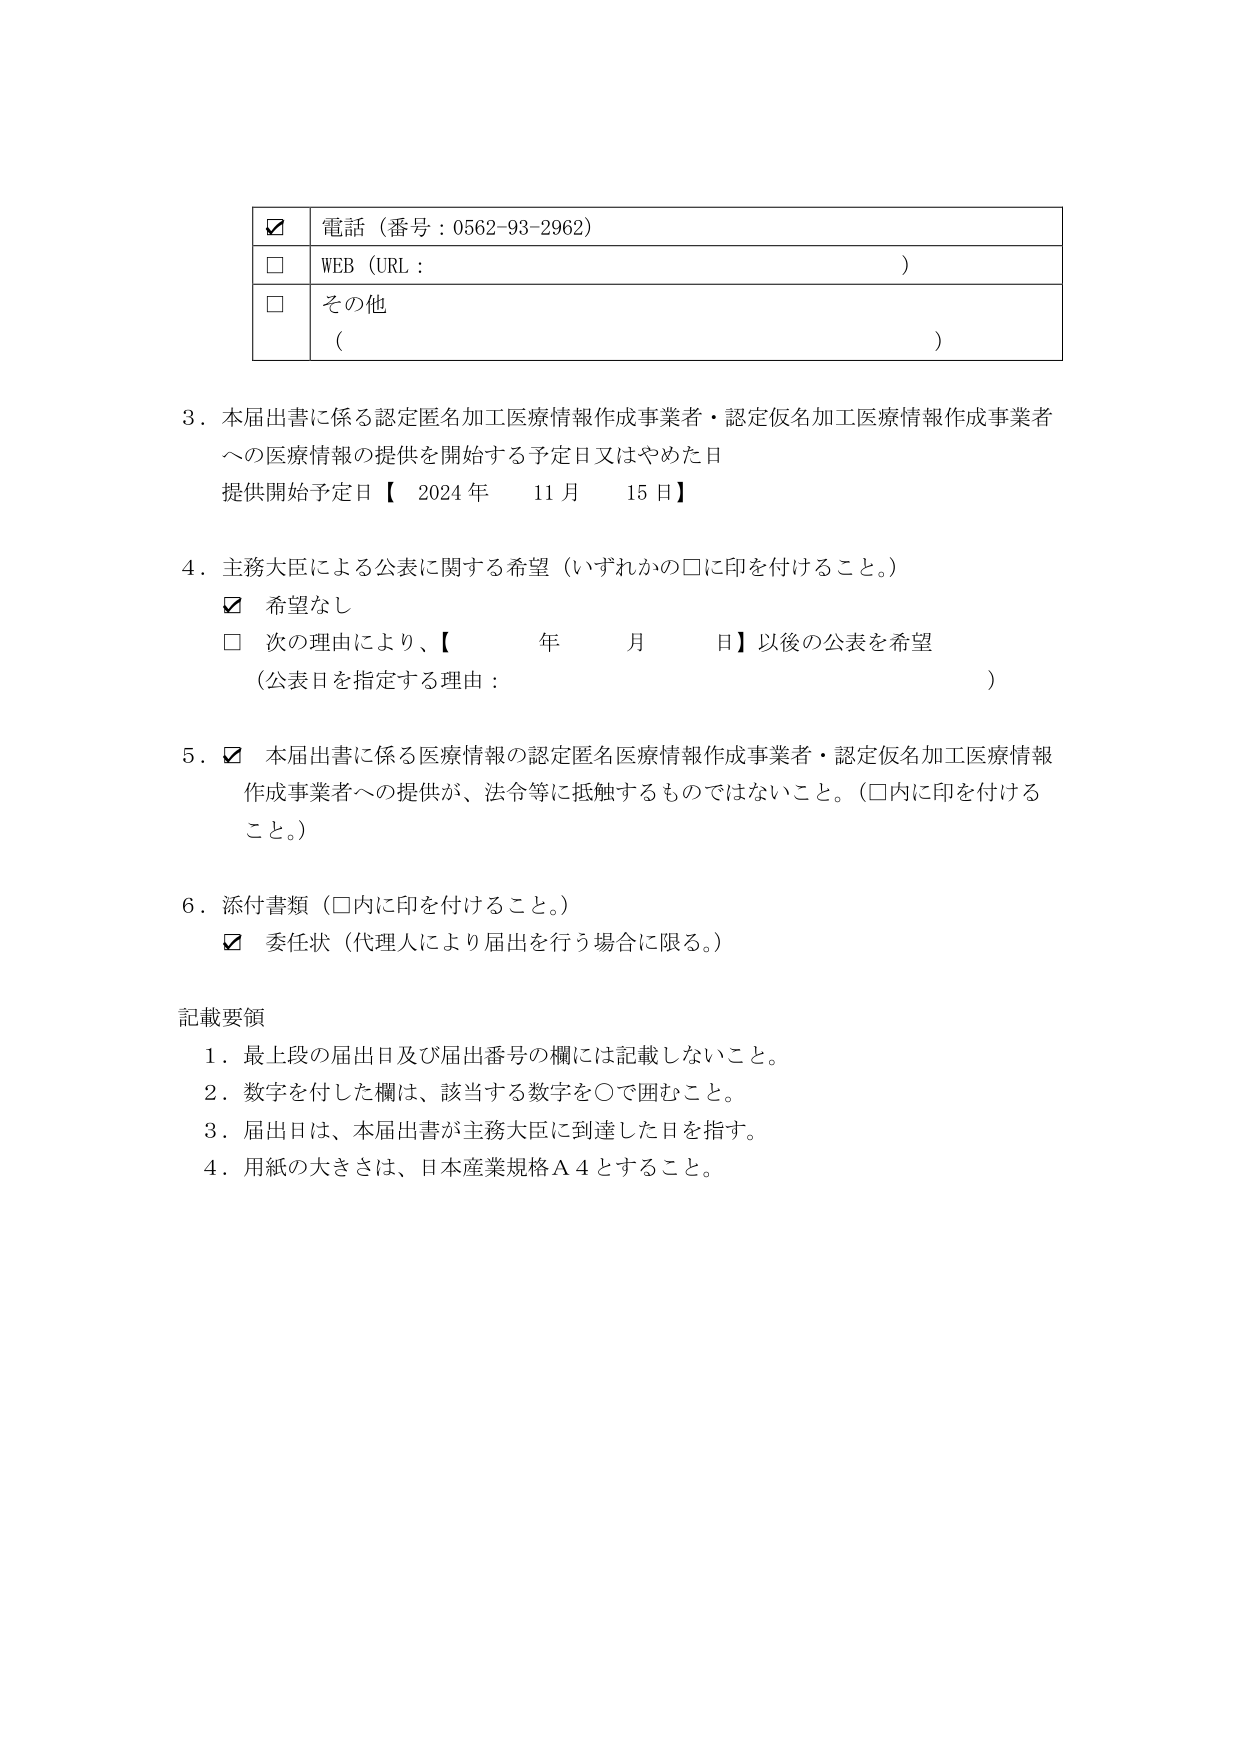
電話（番号：0562-93-2962）
WEB（URL：）
その他（）

3．本届出書に係る認定匿名加工医療情報作成事業者・認定仮名加工医療情報作成事業者への医療情報の提供を開始する予定日又はやめた日
提供開始予定日【2024年11月15日】

4．主務大臣による公表に関する希望（いずれかの□に印を付けること。）
☑ 希望なし
□ 次の理由により、【　　年　　月　　日】以後の公表を希望
（公表日を指定する理由：）

5．☑ 本届出書に係る医療情報の認定匿名医療情報作成事業者・認定仮名加工医療情報作成事業者への提供が、法令等に抵触するものではないこと。（□内に印を付けること。）

6．添付書類（□内に印を付けること。）
☑ 委任状（代理人により届出を行う場合に限る。）

記載要領
1．最上段の届出日及び届出番号の欄には記載しないこと。
2．数字を付した欄は、該当する数字を○で囲むこと。
3．届出日は、本屆出書が主務大臣に到達した日を指す。
4．用紙の大きさは、日本産業規格Ａ４とすること。